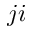
j i